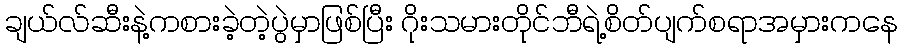
ချယ်လ်ဆီးနဲ့ကစားခဲ့တဲ့ပွဲမှာဖြစ်ပြီး ဂိုးသမားတိုင်ဘီရဲ့စိတ်ပျက်စရာအမှားကနေ